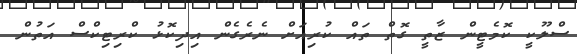
ސްލޫކީ ކޮމެޓީން ޒާތީ ގޮތް ތައް ކުރިއަށް ނެރެގެން އިދިކޮޅު ކްރިޓިކްސް އަތުން